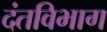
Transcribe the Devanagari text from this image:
दंतविभाग